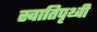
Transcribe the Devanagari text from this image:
स्वातिपृथ्वी